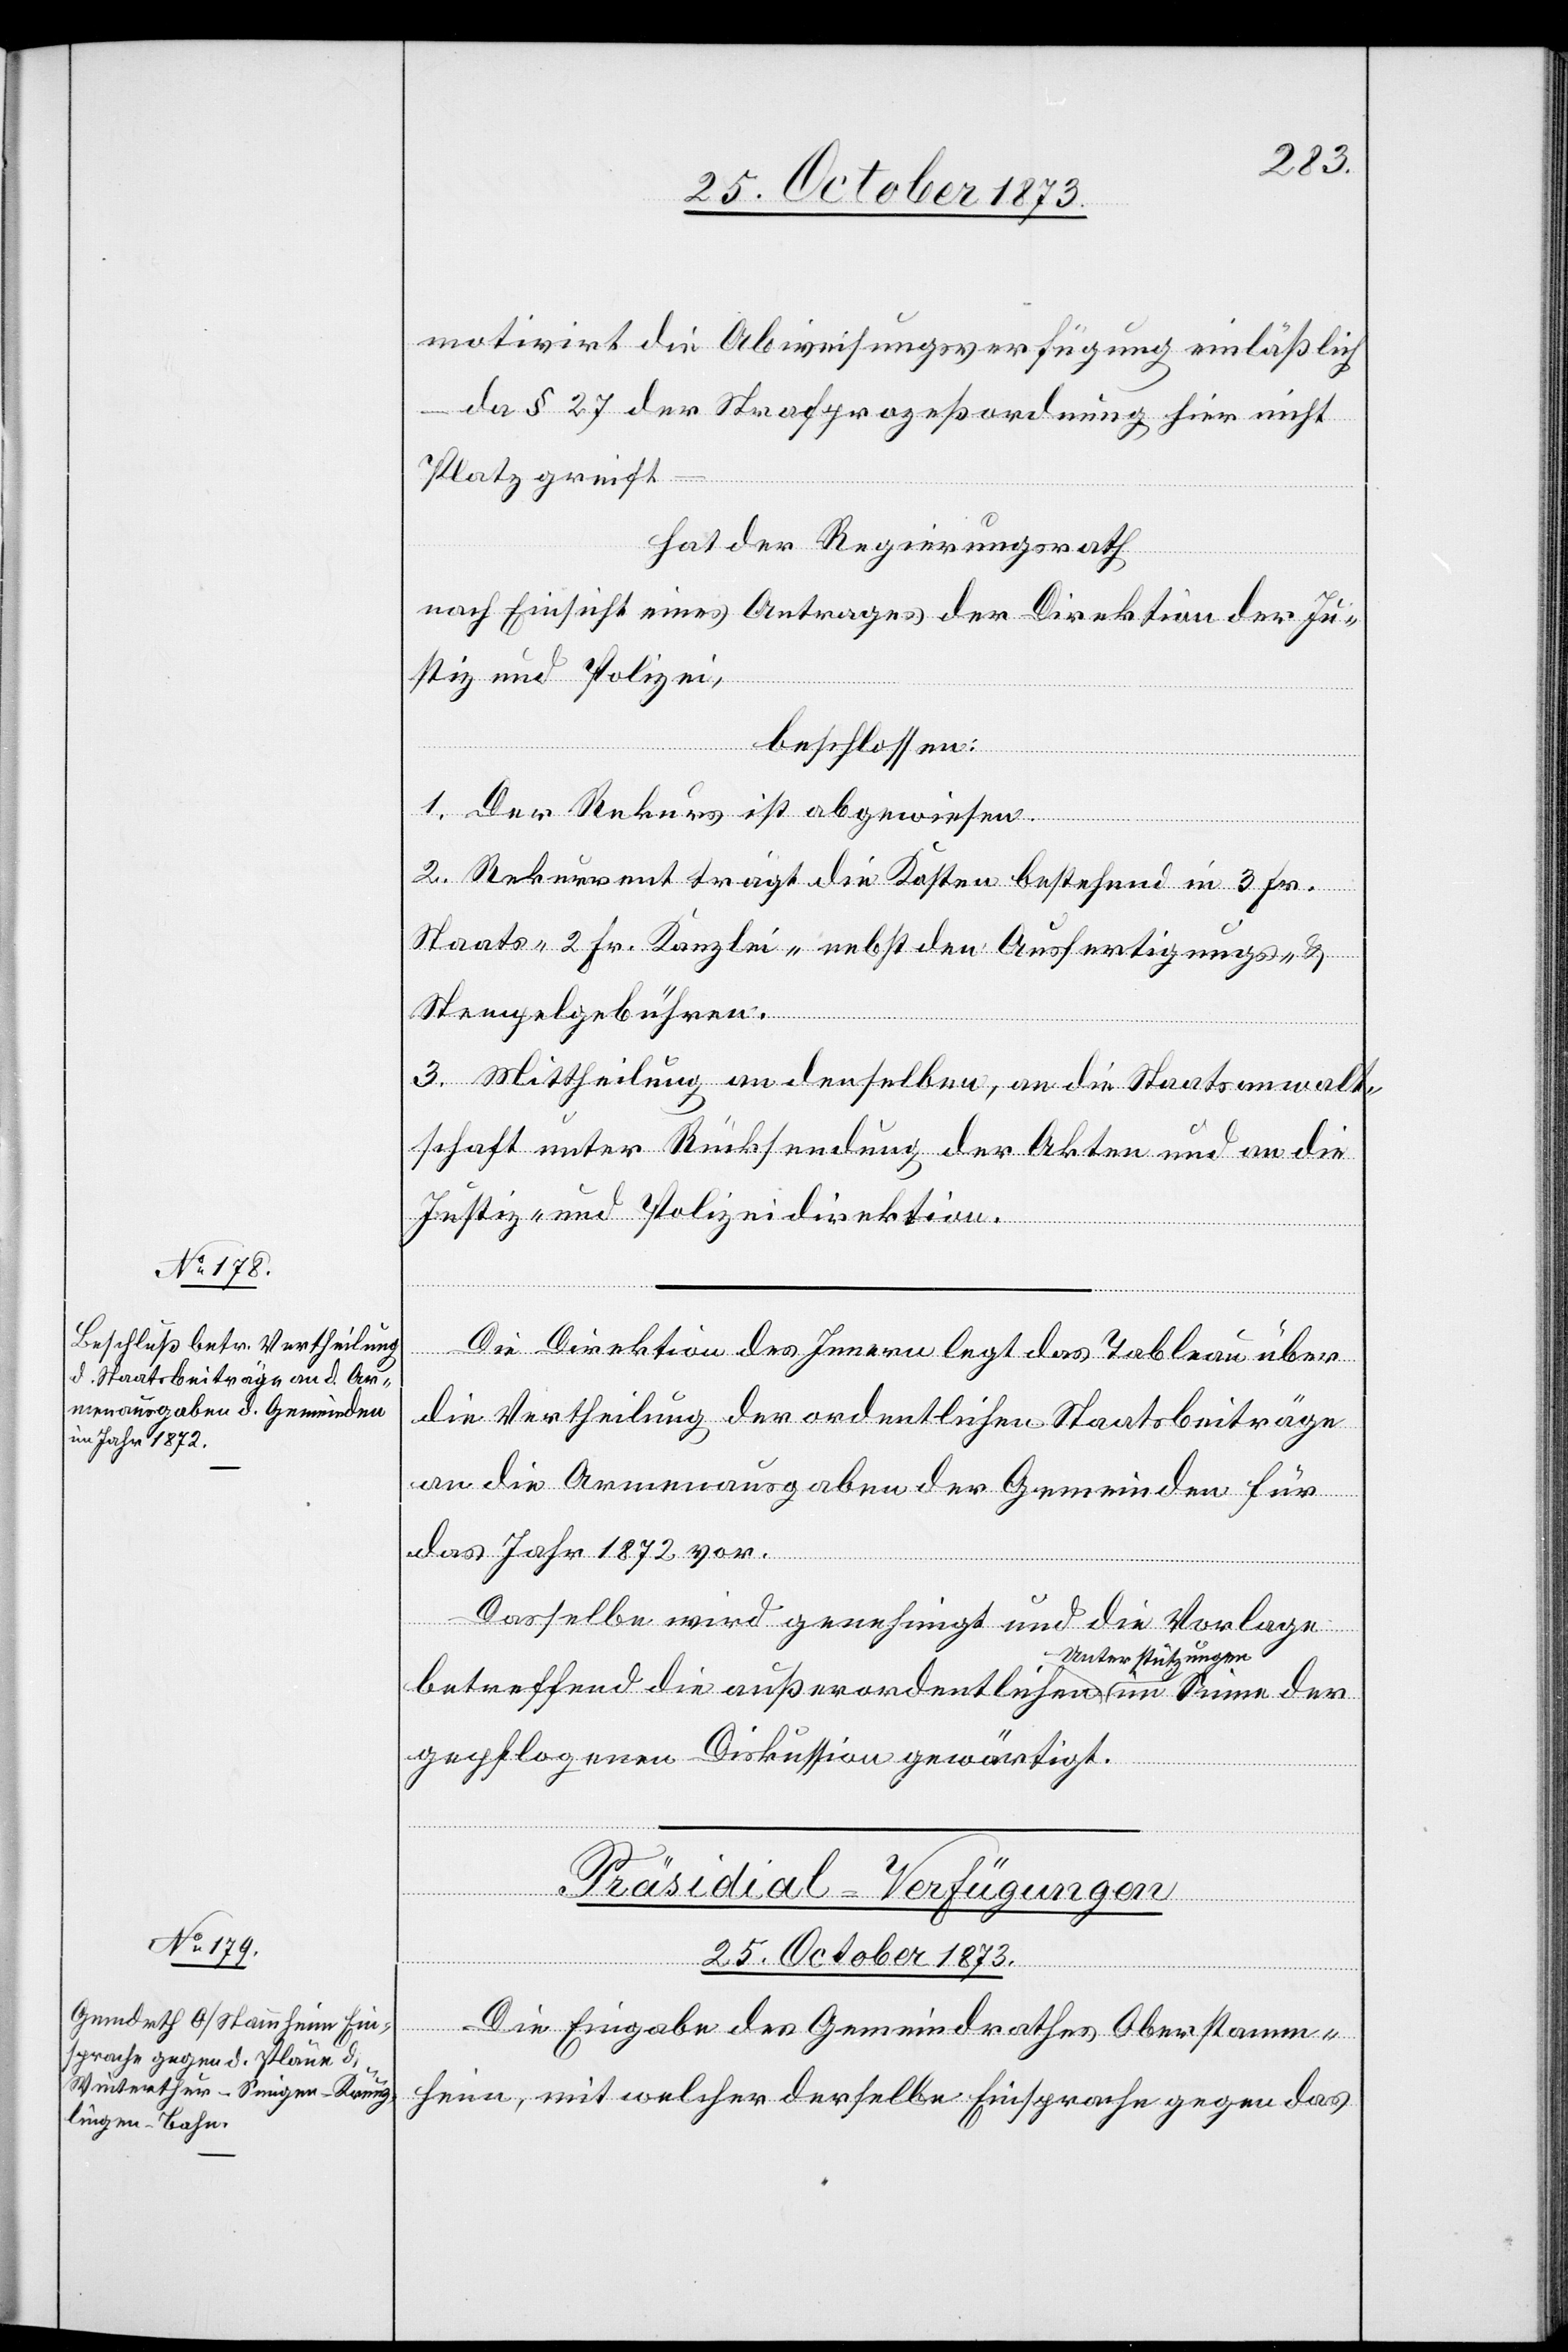
motivirt die Abweisungsverfügung einläßlich
da § 27 der Strafprozeßordnung hier nicht
der
Platz greift
hat der Regierungsrath
nach Einsicht eines Antrages der Direktion der Ju¬
stiz und Polizei,
Sinne
beschlossen:
1. Der Rekurs ist abgewiesen.
2. Rekurrent trägt die Kosten bestehend in 3 Fr.
Staats- 2 Fr. Kanzlei- nebst den Ausfertigungs- &
Stempelgebühren.
3. Mittheilung an denselben, an die Staatsanwalt¬
schaft unter Rücksendung der Akten und an die
Justiz- und Polizeidirektion.
Die Direktion des Innern legt das Tableau über
die Vertheilung der ordentlichen Staatsbeiträge
an die Armenausgaben der Gemeinden für
das Jahr 1872 vor.
Dasselbe wird genehmigt und die Vorlage
betreffend die außerordentlichen Unter¬
gepflogenen Diskussion gewärtigt.
Präsidial-Verfügungen
25. October 1873.
Die Eingabe des Gemeindrathes Oberstamm¬
heim, mit welcher derselbe Einsprache gegen das